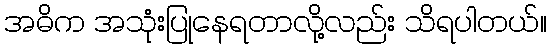
အဓိက အသုံးပြုနေရတာလို့လည်း သိရပါတယ်။